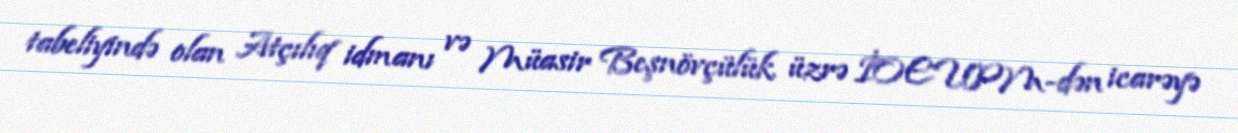
tabeliyində olan Atçılıq idmanı və Müasir Beşnövçülük üzrə İOEUPM-dən icarəyə